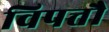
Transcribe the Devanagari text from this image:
विपत्तौ